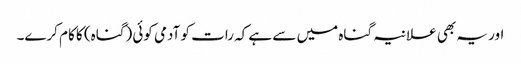
اور یہ بھی علانیہ گناہ میں سے ہے کہ رات کو آدمی کوئی (گناہ) کا کام کرے۔